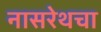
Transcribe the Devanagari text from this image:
नासरेथचा